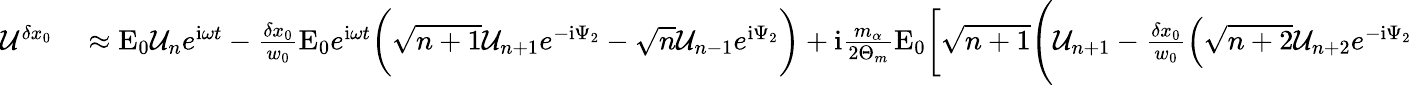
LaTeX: \begin{array}{rl}{\mathcal{U}^{\delta x_{0}}}&{{}\approx\mathrm{E}_{0}\mathcal{U}_{n}e^{\mathrm{i}\omega t}-\frac{\delta x_{0}}{w_{0}}\mathrm{E}_{0}e^{\mathrm{i}\omega t}\bigg(\sqrt{n+1}\mathcal{U}_{n+1}e^{-\mathrm{i}\Psi_{2}}-\sqrt{n}\mathcal{U}_{n-1}e^{\mathrm{i}\Psi_{2}}\bigg)+\mathrm{i}\frac{m_{\alpha}}{2\Theta_{m}}\mathrm{E}_{0}\bigg[\sqrt{n+1}\Bigg(\mathcal{U}_{n+1}-\frac{\delta x_{0}}{w_{0}}\Big(\sqrt{n+2}\mathcal{U}_{n+2}e^{-\mathrm{i}\Psi_{2}}}\end{array}